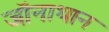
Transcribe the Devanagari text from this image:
जॉनाथान